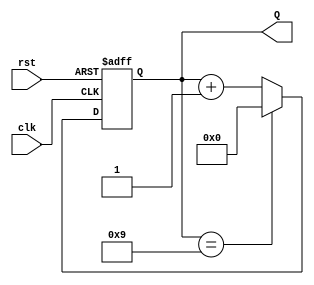
module BCD_Counter (
    input wire clk,       // Clock input
    input wire rst,       // Reset input
    output reg [3:0] Q    // 4-bit BCD output
);

// Asynchronous reset and counting logic
always @(posedge clk or posedge rst) begin
    if (rst) begin
        Q <= 4'b0000; // Reset the counter to 0
    end else begin
        if (Q == 4'b1001) begin
            Q <= 4'b0000; // Reset to 0 after reaching 9
        end else begin
            Q <= Q + 1; // Increment the counter
        end
    end
end

endmodule